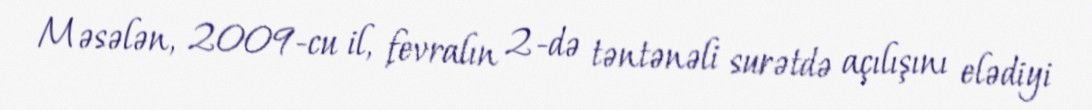
Məsələn, 2009-cu il, fevralın 2-də təntənəli surətdə açılışını elədiyi